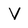
Character: V